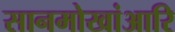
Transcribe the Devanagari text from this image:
सानमोखांआरि